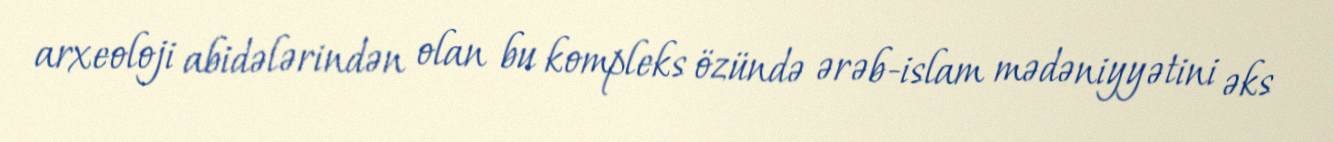
arxeoloji abidələrindən olan bu kompleks özündə ərəb-islam mədəniyyətini əks